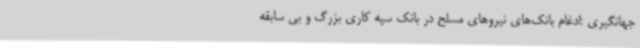
جهانگیری :ادغام بانک‌های نیروهای مسلح در بانک سپه کاری بزرگ و بی سابقه